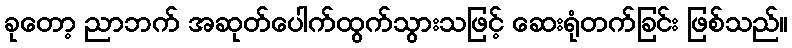
ခုတော့ ညာဘက် အဆုတ်ပေါက်ထွက်သွားသဖြင့် ဆေးရုံတက်ခြင်း ဖြစ်သည်။